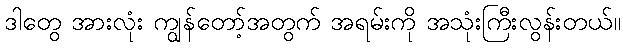
ဒါတွေ အားလုံး ကျွန်တော့်အတွက် အရမ်းကို အသုံးကြီးလွန်းတယ်။